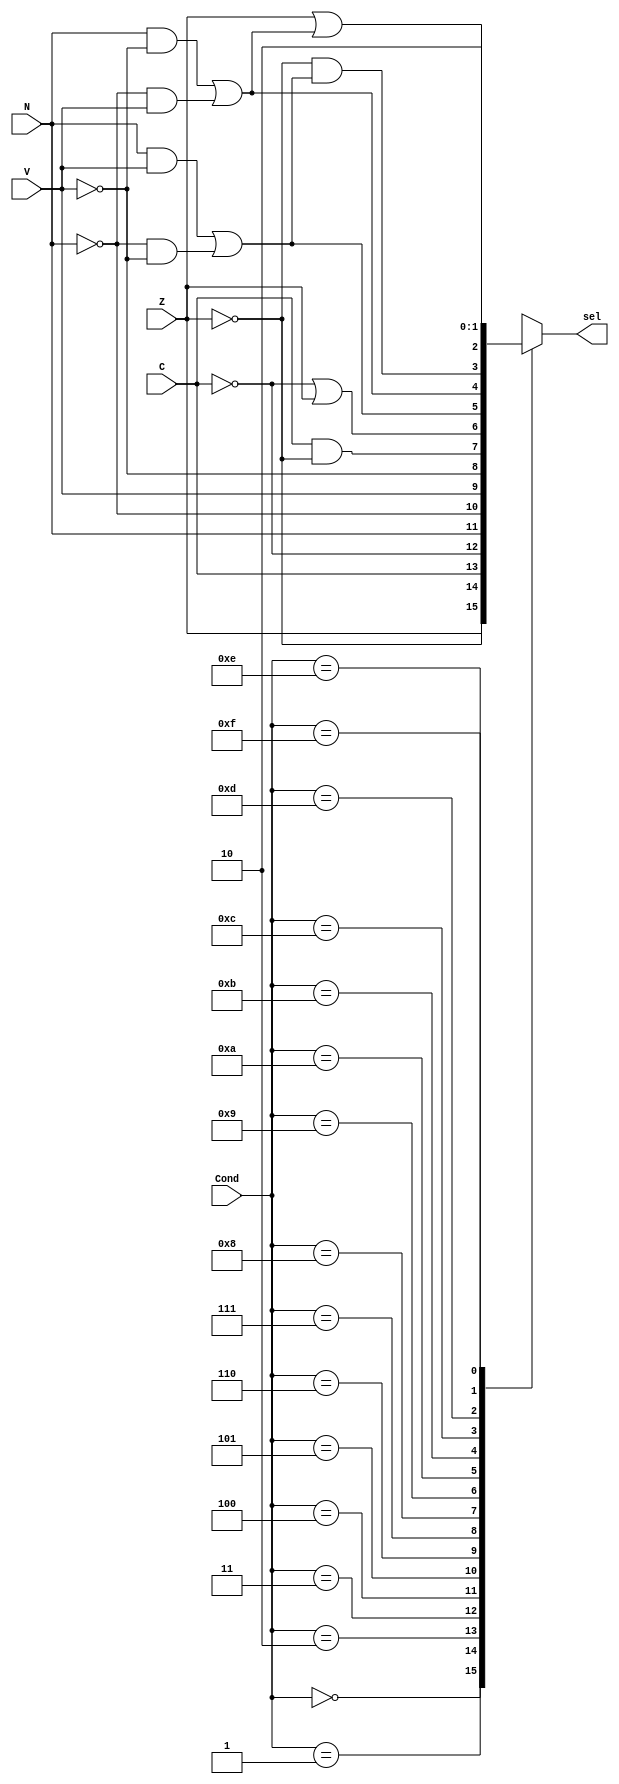
module ConditionCheck(input [3:0] Cond, input Z, C, N, V, output reg sel);
    always @(*) begin
        case(Cond)
            4'd0 : sel = Z;
            4'd1 : sel = ~Z;
            4'd2 : sel = C;
            4'd3 : sel = ~C;
            4'd4 : sel = N;
            4'd5 : sel = ~N;
            4'd6 : sel = V;
            4'd7 : sel = ~V;
            4'd8 : sel = C && ~Z;
            4'd9 : sel = ~C || Z;
            4'd10: sel = (N && V) || (~N && ~V);
            4'd11: sel = (N && ~V) || (~N && V);
            4'd12: sel = (~Z) && ((N && V) || (~N && ~V));
            4'd13: sel = Z || (((N && ~V) || (~N && V)));
            4'd14: sel = 1'b1;
            4'd15: sel = 1'b0;

        endcase

    end
endmodule